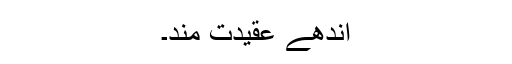
اندھے عقیدت مند۔